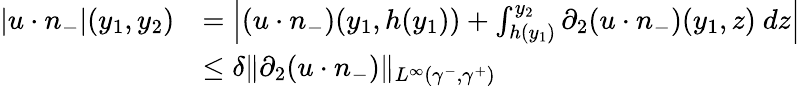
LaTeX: \begin{array}{rl}{|u\cdot n_{-}|(y_{1},y_{2})}&{=\left|(u\cdot n_{-})(y_{1},h(y_{1}))+\int_{h(y_{1})}^{y_{2}}\partial_{2}(u\cdot n_{-})(y_{1},z)\ dz\right|}\\ &{\leq\delta\| \partial_{2}(u\cdot n_{-})\| _{L^{\infty}(\gamma^{-},\gamma^{+})}}\end{array}